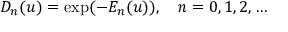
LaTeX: D _ { n } ( u ) = \exp ( - E _ { n } ( u ) ) , \quad n = 0 , 1 , 2 , \ldots